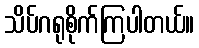
သိပ်ဂရုစိုက်ကြပါတယ်။